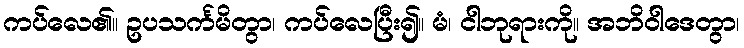
ကပ်လေ၏။ ဥပသင်္ကမိတွာ၊ ကပ်လေပြီး၍။ မံ၊ ငါဘုရားကို။ အဘိဝါဒေတွာ၊